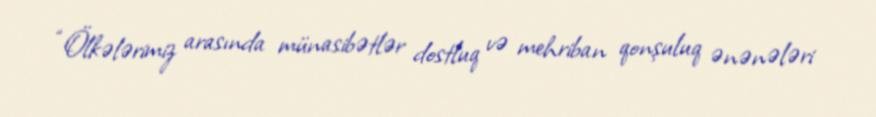
“Ölkələrimiz arasında münasibətlər dostluq və mehriban qonşuluq ənənələri